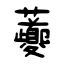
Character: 虁